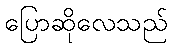
ပြောဆိုလေသည်